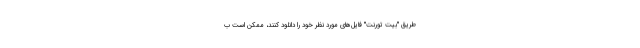
طریق "بیت تورنت" فایل‌های مورد نظر خود را دانلود کنند، ممکن است ب